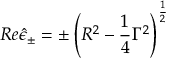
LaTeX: R e \hat { \epsilon } _ { \pm } = \pm \left( R ^ { 2 } - \frac 1 4 \Gamma ^ { 2 } \right) ^ { \frac 1 2 }